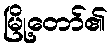
မြို့တော်၏